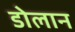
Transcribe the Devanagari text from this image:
डोलान